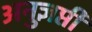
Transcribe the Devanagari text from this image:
अनुज्ञप्ती